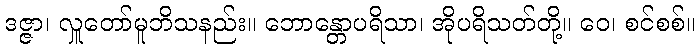
ဒဇ္ဇာ၊ လှူတော်မူဘိသနည်း။ ဘောန္တောပရိသာ၊ အိုပရိသတ်တို့။ ဝေ၊ စင်စစ်။